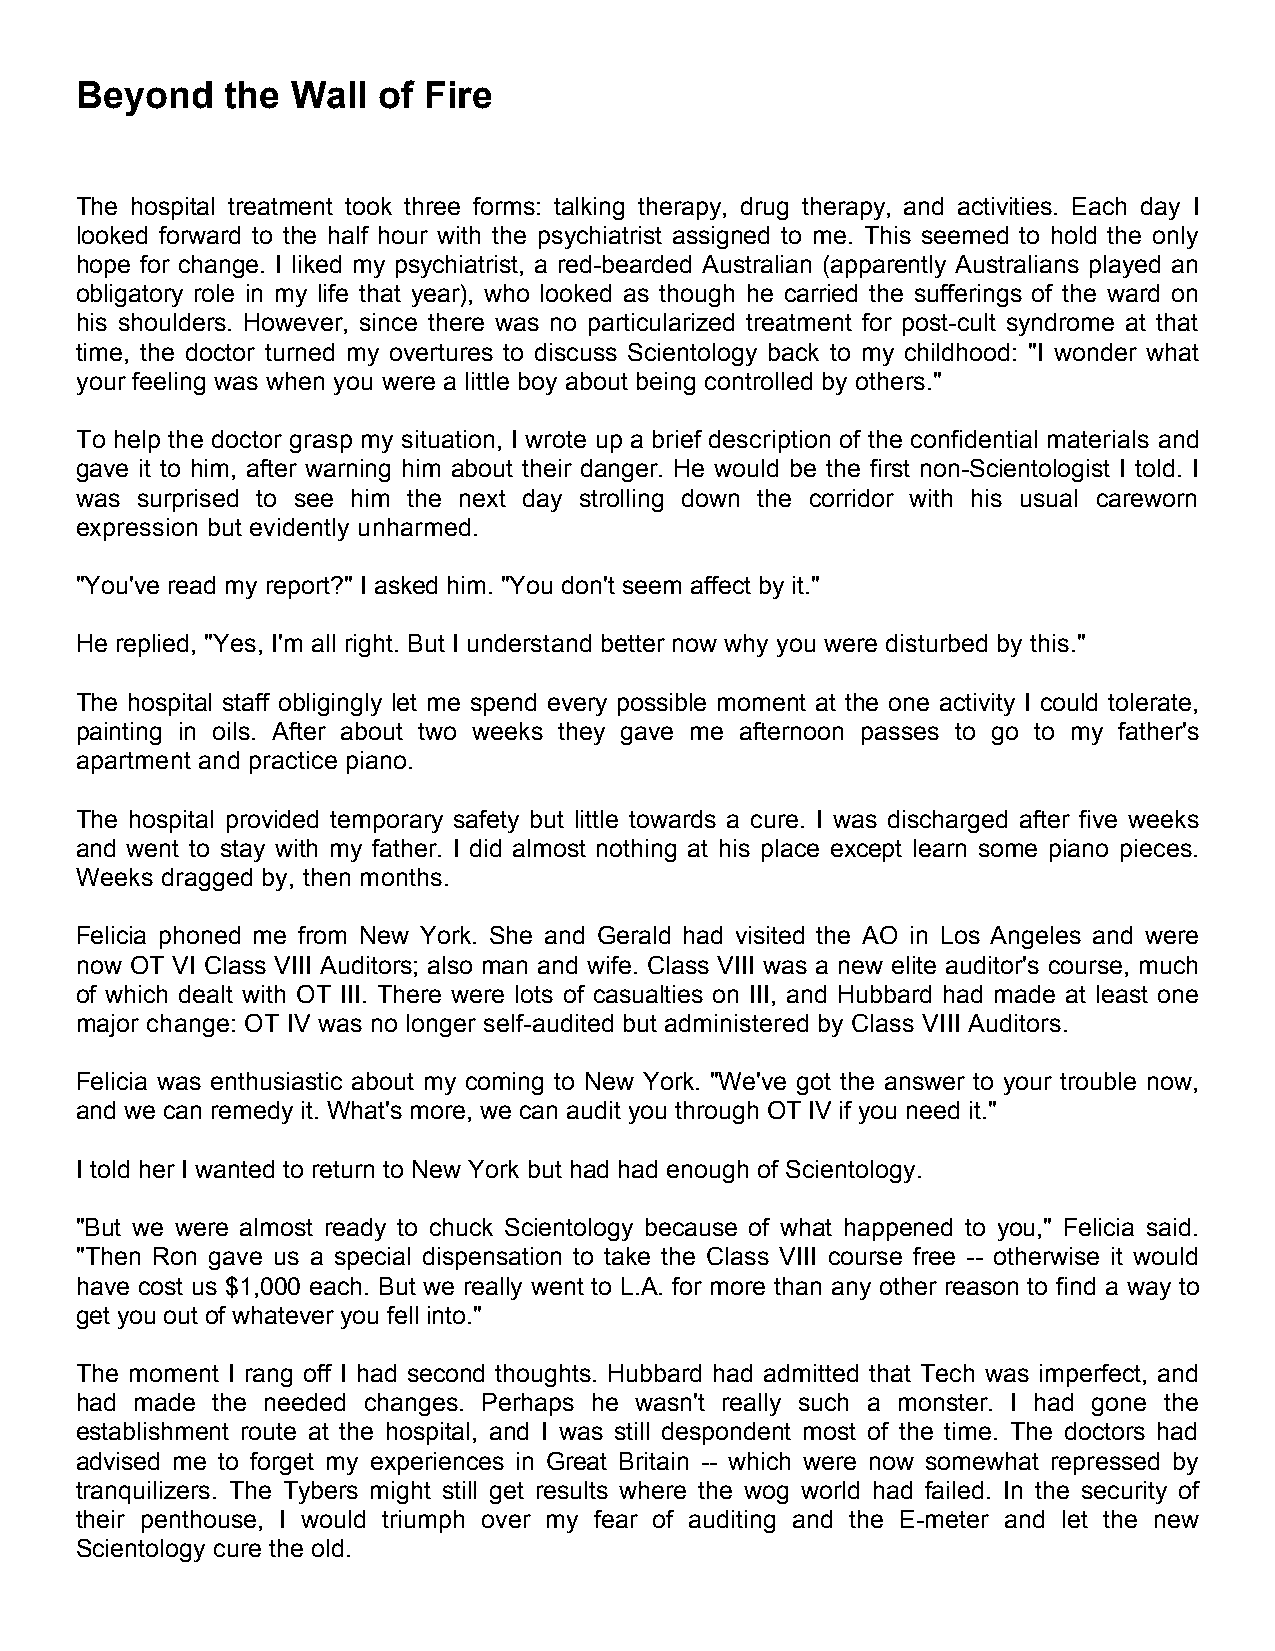
Beyond    the Wall  of Fire
 The hospital treatment took three forms: talking therapy, drug therapy, and activities. Each day I
 looked forward to the half hour with the psychiatrist assigned to me. This seemed to hold the only
 hope for change. I liked my psychiatrist, a red-bearded Australian (apparently Australians played an
 obligatory role in my life that year), who looked as though he carried the sufferings of the ward on
 his shoulders. However, since there was no particularized treatment for post-cult syndrome at that
 time, the doctor turned my overtures to discuss Scientology back to my childhood: "I wonder what
 your feeling was when you were a little boy about being controlled by others."
 To help the doctor grasp my situation, I wrote up a brief description of the confidential materials and
 gave it to him, after warning him about their danger. He would be the first non-Scientologist I told. I
 was surprised to see him the next day strolling down the corridor with his usual careworn
 expression but evidently unharmed.
 "You've read my report?" I asked him. "You don't seem affect by it."
 He replied, "Yes, I'm all right. But I understand better now why you were disturbed by this."
 The hospital staff obligingly let me spend every possible moment at the one activity I could tolerate,
 painting in oils. After about two weeks they gave me afternoon passes to go to my father's
 apartment and practice piano.
 The hospital provided temporary safety but little towards a cure. I was discharged after five weeks
 and went to stay with my father. I did almost nothing at his place except learn some piano pieces.
 Weeks dragged by, then months.
 Felicia phoned me from New York. She and Gerald had visited the AO in Los Angeles and were
 now OT VI Class VIII Auditors; also man and wife. Class VIII was a new elite auditor's course, much
 of which dealt with OT III. There were lots of casualties on III, and Hubbard had made at least one
 major change: OT IV was no longer self-audited but administered by Class VIII Auditors.
 Felicia was enthusiastic about my coming to New York. "We've got the answer to your trouble now,
 and we can remedy it. What's more, we can audit you through OT IV if you need it."
 I told her I wanted to return to New York but had had enough of Scientology.
 "But we were almost ready to chuck Scientology because of what happened to you," Felicia said.
 "Then Ron gave us a special dispensation to take the Class VIII course free -- otherwise it would
 have cost us $1,000 each. But we really went to L.A. for more than any other reason to find a way to
 get you out of whatever you fell into."
 The moment I rang off I had second thoughts. Hubbard had admitted that Tech was imperfect, and
 had made the needed changes. Perhaps he wasn't really such a monster. I had gone the
 establishment route at the hospital, and I was still despondent most of the time. The doctors had
 advised me to forget my experiences in Great Britain -- which were now somewhat repressed by
 tranquilizers. The Tybers might still get results where the wog world had failed. In the security of
 their penthouse, I would triumph over my fear of auditing and the E-meter and let the new
 Scientology cure the old.